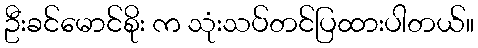
ဦးခင်မောင်စိုး က သုံးသပ်တင်ပြထားပါတယ်။